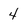
Character: 4